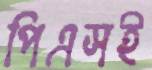
পিএসই